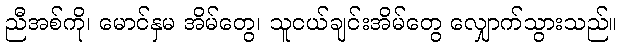
ညီအစ်ကို၊ မောင်နှမ အိမ်တွေ၊ သူငယ်ချင်းအိမ်တွေ လျှောက်သွားသည်။